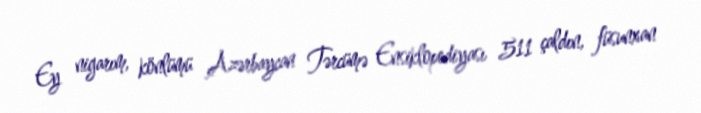
Ey nigarım, könlümü Azərbaycan Tərcümə Ensiklopediyası 511 çaldın, füsunxan